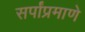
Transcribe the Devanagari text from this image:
सर्पांप्रमाणे